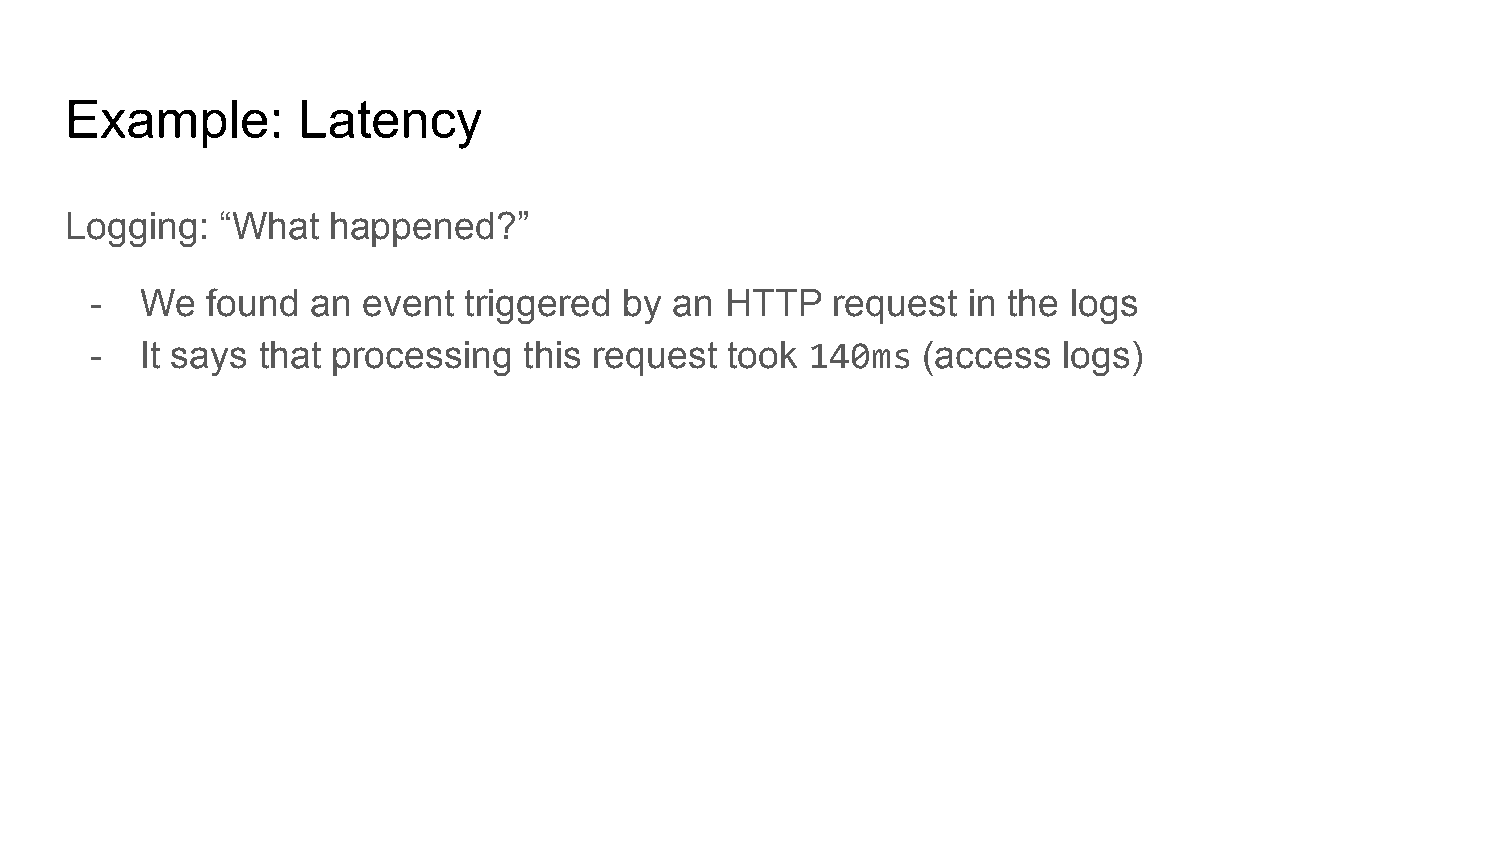
Example:        Latency
 Logging:   “What  happened?”
 -  We   found  an event  triggered by  an HTTP   request  in the logs
 -  It says that processing   this request took  140ms  (access  logs)